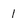
Character: 1